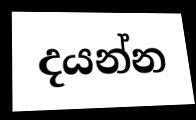
දයන්න